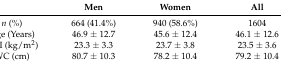
<table><thead><tr><td></td><td><b>Men</b></td><td><b>Women</b></td><td><b>All</b></td></tr></thead><tbody><tr><td><i>n</i> (%)</td><td>664 (41.4%)</td><td>940 (58.6%)</td><td>1604</td></tr><tr><td>Age (Years)</td><td>46.9 ± 12.7</td><td>45.6 ± 12.4</td><td>46.1 ± 12.6</td></tr><tr><td>BMI (kg/m<sup>2</sup>)</td><td>23.3 ± 3.3</td><td>23.7 ± 3.8</td><td>23.5 ± 3.6</td></tr><tr><td>WC (cm)</td><td>80.7 ± 10.3</td><td>78.2 ± 10.4</td><td>79.2 ± 10.4</td></tr></tbody></table>